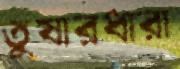
তুষারধারা